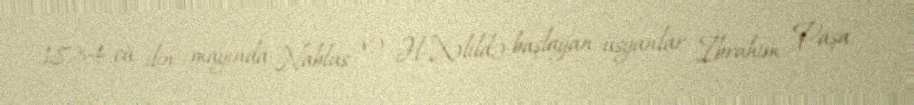
1834-cü ilin mayında Nablus və Əl-Xəlildə başlayan üsyanlar İbrahim Paşa